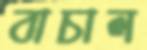
বাচাল